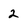
Character: 2